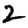
Digit: 2